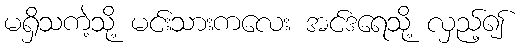
မရှိသကဲ့သို့ မင်းသားကလေး အင်ဒရေသို့ လှည့်၍